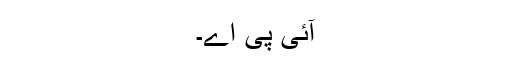
آئی پی اے۔